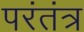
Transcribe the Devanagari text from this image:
परंतंत्र